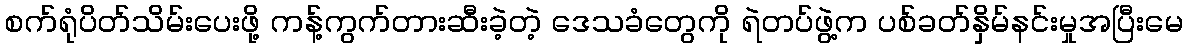
စက်ရုံပိတ်သိမ်းပေးဖို့ ကန့်ကွက်တားဆီးခဲ့တဲ့ ဒေသခံတွေကို ရဲတပ်ဖွဲ့က ပစ်ခတ်နှိမ်နင်းမှုအပြီးမေ